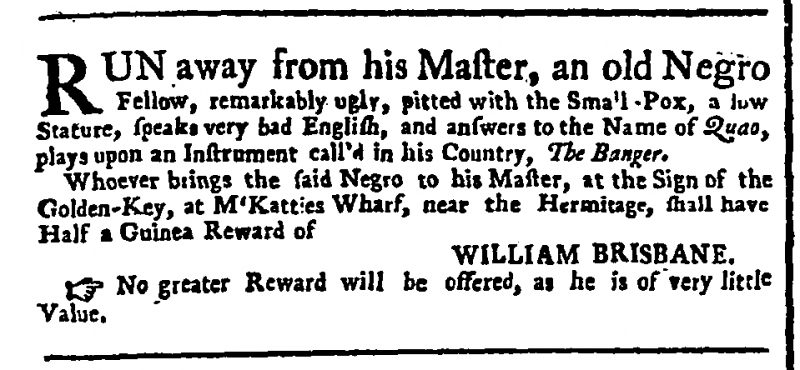
General Advertiser , 31 May 1751 (England)
RUN away from his Master, an old Negro Fellow, remarkably ugly, pitted with the Small-Pox, a low Stature, speaks very bad English, and answers to the Name of Quao, plays upon an Instrument call’d in his Country, The Banger.   Whoever brings the said Negro to his Master, at the Sign of the Golden-Key, at McKattie’s Wharf, near the Hermitage, shall have Half a Guinea Reward of                                                    WILLIAM BRISBANE.No greater Reward will be offered, as he is of very little Value.